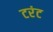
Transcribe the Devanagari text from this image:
टरंट